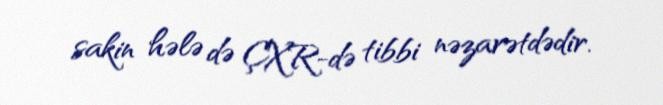
sakin hələ də ÇXR-də tibbi nəzarətdədir.